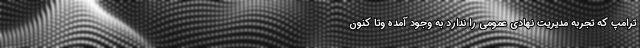
ترامپ که تجربه مدیریت نهادی عمومی را ندارد به وجود آمده وتا کنون